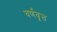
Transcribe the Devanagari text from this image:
वर्णवृत्त